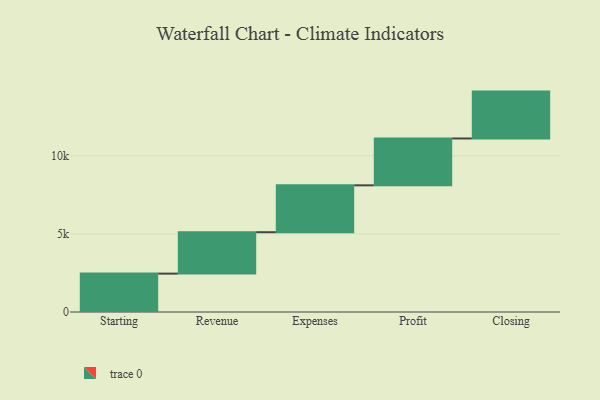
{"axis": {"x": "Step", "y": "Value"}, "legend": [""], "data": [{"x": "Starting", "y": 2457.0, "type": ""}, {"x": "Revenue", "y": 2651.0, "type": ""}, {"x": "Expenses", "y": 3000, "type": ""}, {"x": "Profit", "y": 3000, "type": ""}, {"x": "Closing", "y": 3000, "type": ""}]}